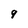
Character: 9